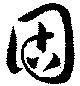
固